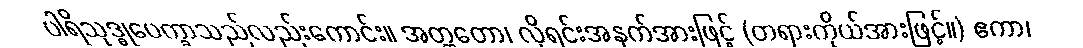
ပါရိသုဒ္ဓုပေက္ခာသည်လည်းကောင်း။ အတ္ထတော၊ လိုရင်းအနက်အားဖြင့် (တရားကိုယ်အားဖြင့်။) ဧကာ၊